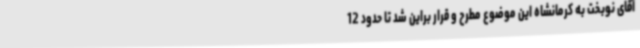
آقای نوبخت به کرمانشاه این موضوع مطرح و قرار براین شد تا حدود 12